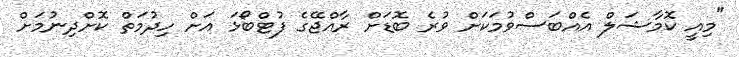
"މިއީ ކޮމާޝަލް އެއްބަސްވުމަކަށް ވުރެ ބޮޑަށް ރާއްޖޭގެ ފުޓްބޯޅަ އަށް ހިދުމަތް ކޮށްދިނުމަށް